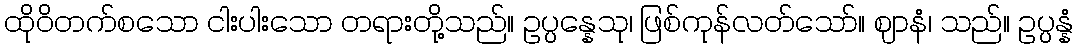
ထိုဝိတက်စသော ငါးပါးသော တရားတို့သည်။ ဥပ္ပန္နေသု၊ ဖြစ်ကုန်လတ်သော်။ ဈာနံ၊ သည်။ ဥပ္ပန္နံ